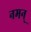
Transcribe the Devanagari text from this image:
नमन्